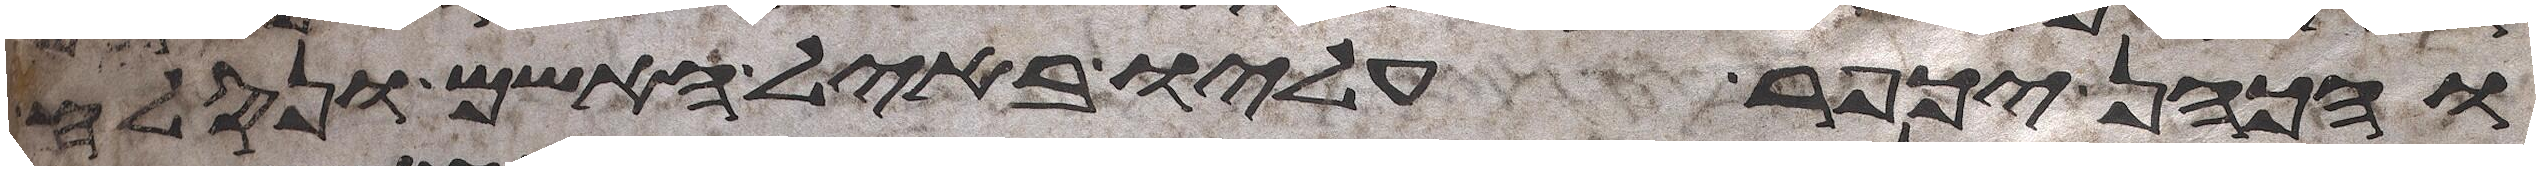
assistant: והכהן יכפר עליו באיל האשם ונסלח